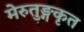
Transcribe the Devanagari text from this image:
मेरुतुङ्गकृत